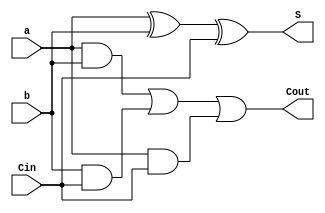
`timescale 1ns / 1ps

module adder(
    input a,
    input b,
    input Cin,
    output S,
    output Cout
    );
    
    assign S = a ^ b ^ Cin;
    assign Cout = (a & b) | (b & Cin) | (a & Cin);

endmodule